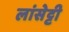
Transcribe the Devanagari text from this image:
लांसेट्टी